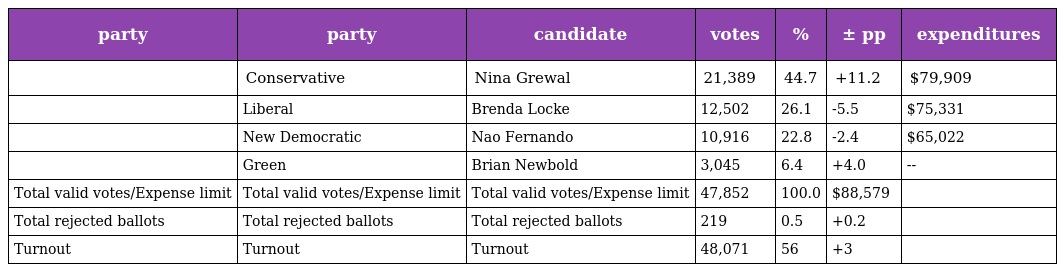
| party | party | candidate | votes | % | ± pp | expenditures |
 | --- | --- | --- | --- | --- | --- | --- |
 |  | Conservative | Nina Grewal | 21,389 | 44.7 | +11.2 | $79,909 |
 |  | Liberal | Brenda Locke | 12,502 | 26.1 | -5.5 | $75,331 |
 |  | New Democratic | Nao Fernando | 10,916 | 22.8 | -2.4 | $65,022 |
 |  | Green | Brian Newbold | 3,045 | 6.4 | +4.0 | -- |
 | Total valid votes/Expense limit | Total valid votes/Expense limit | Total valid votes/Expense limit | 47,852 | 100.0 | $88,579 |  |
 | Total rejected ballots | Total rejected ballots | Total rejected ballots | 219 | 0.5 | +0.2 |  |
 | Turnout | Turnout | Turnout | 48,071 | 56 | +3 |  |